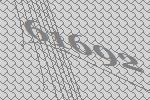
61692